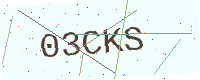
Text: 03CKS